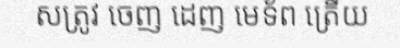
សត្រូវ ចេញ ដេញ មេទ័ព ត្រើយ